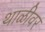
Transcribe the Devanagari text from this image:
थाळीवर